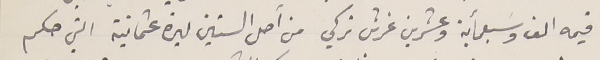
قيمه الف وسبعمأية وعشرين غرش تركي من اصل الستين ليرة عثمانية التي حكم